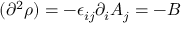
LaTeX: ( \partial ^ { 2 } \rho ) = - \epsilon _ { i j } \partial _ { i } A _ { j } = - B